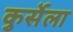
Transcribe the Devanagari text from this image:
कुर्सेला